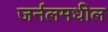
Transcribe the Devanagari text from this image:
जर्नलमधील